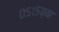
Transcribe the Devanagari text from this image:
०५१५च्या